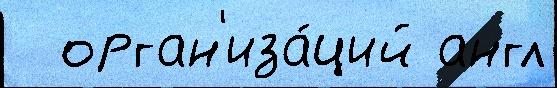
  орган'иза́ций англ